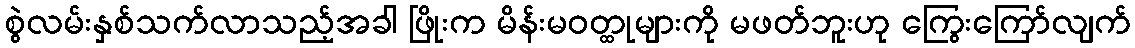
စွဲလမ်းနှစ်သက်လာသည့်အခါ ဖြိုးက မိန်းမဝတ္ထုများကို မဖတ်ဘူးဟု ကြွေးကြော်လျက်